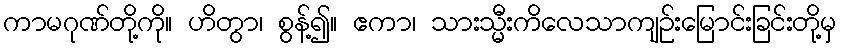
ကာမဂုဏ်တို့ကို။ ဟိတွာ၊ စွန့်၍။ ဧကာ၊ သားသ္မီးကိလေသာကျဉ်းမြောင်းခြင်းတို့မှ